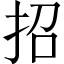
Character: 招